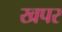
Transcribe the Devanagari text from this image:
खपर